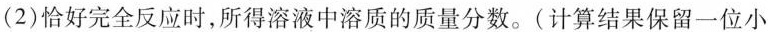
(2)恰好完全反应时,所得溶液中溶质的质量分数。(计算结果保留一位小